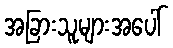
အခြားသူများအပေါ်